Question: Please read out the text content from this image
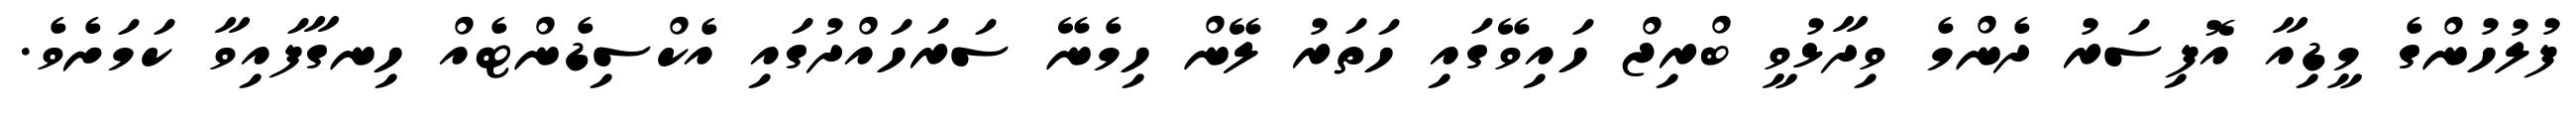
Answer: ފުލުހުންގެ މީޑިއާ އޮފިސަރު ދެންމެ ވިދާޅުވީ ބްރިޖް ހައިވޭގައި ހަތަރު ލޭން ހިމެނޭ ސަރަހައްދުގައި އެކްސިޑެންޓެއް ހިނގާފައިވާ ކަމަށެވެ.